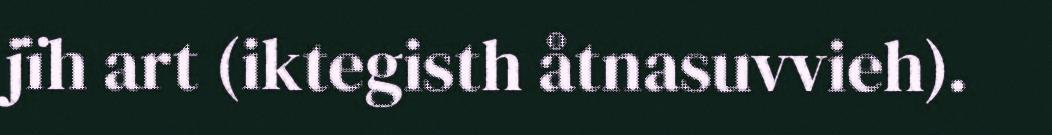
jïh art (iktegisth åtnasuvvieh).